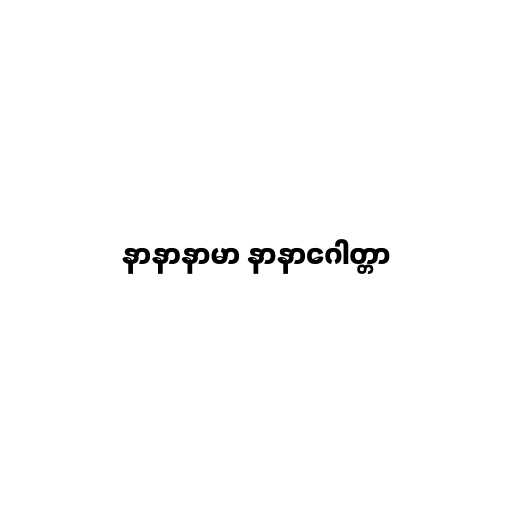
နာနာနာမာ နာနာဂေါတ္တာ